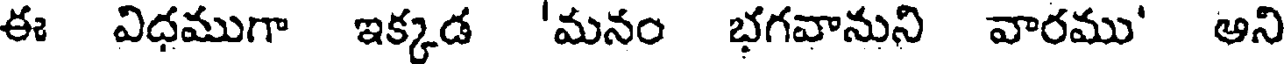
ఈ విధముగా ఇక్కడ 'మనం భగవానుని వారము' అని